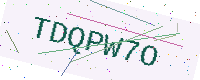
Text: TDQPW7O